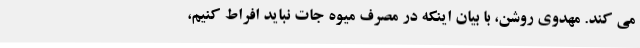
می کند. مهدوی روشن، با بیان اینکه در مصرف میوه جات نباید افراط کنیم،